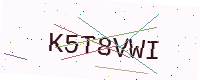
Text: K5T8VWI